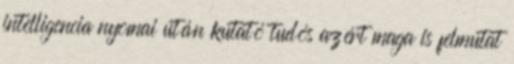
intelligencia nyomai után kutató tudós azért maga is felmutat